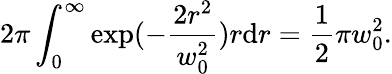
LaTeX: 2\pi\int_{0}^{\infty}\exp(-\frac{2r^{2}}{w_{0}^{2}})r\mathrm{d}r=\frac{1}{2}\pi w_{0}^{2}.